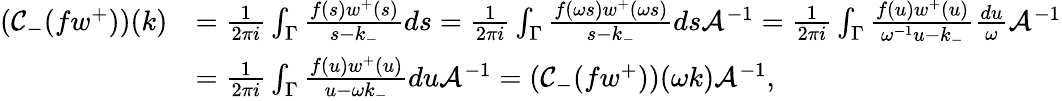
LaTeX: \begin{array}{rl}{(\mathcal{C}_{-}(fw^{+}))(k)}&{=\frac{1}{2\pi i}\int_{\Gamma}\frac{f(s)w^{+}(s)}{s-k_{-}}ds=\frac{1}{2\pi i}\int_{\Gamma}\frac{f(\omega s)w^{+}(\omega s)}{s-k_{-}}ds\mathcal{A}^{-1}=\frac{1}{2\pi i}\int_{\Gamma}\frac{f(u)w^{+}(u)}{\omega^{-1}u-k_{-}}\frac{du}{\omega}\mathcal{A}^{-1}}\\ &{=\frac{1}{2\pi i}\int_{\Gamma}\frac{f(u)w^{+}(u)}{u-\omega k_{-}}du\mathcal{A}^{-1}=(\mathcal{C}_{-}(fw^{+}))(\omega k)\mathcal{A}^{-1},}\end{array}